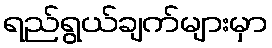
ရည်ရွယ်ချက်များမှာ